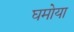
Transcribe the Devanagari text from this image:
घमोया